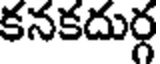
కనకదుర్గ